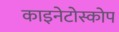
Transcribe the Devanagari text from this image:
काइनेटोस्कोप